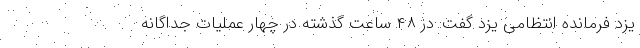
یزد فرمانده انتظامی یزد گفت: در ۴۸ ساعت گذشته در چهار عملیات جداگانه